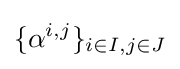
\{\alpha ^{i,j}\}_{i\in I,j\in J}